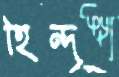
হিন্দূ